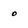
Character: o